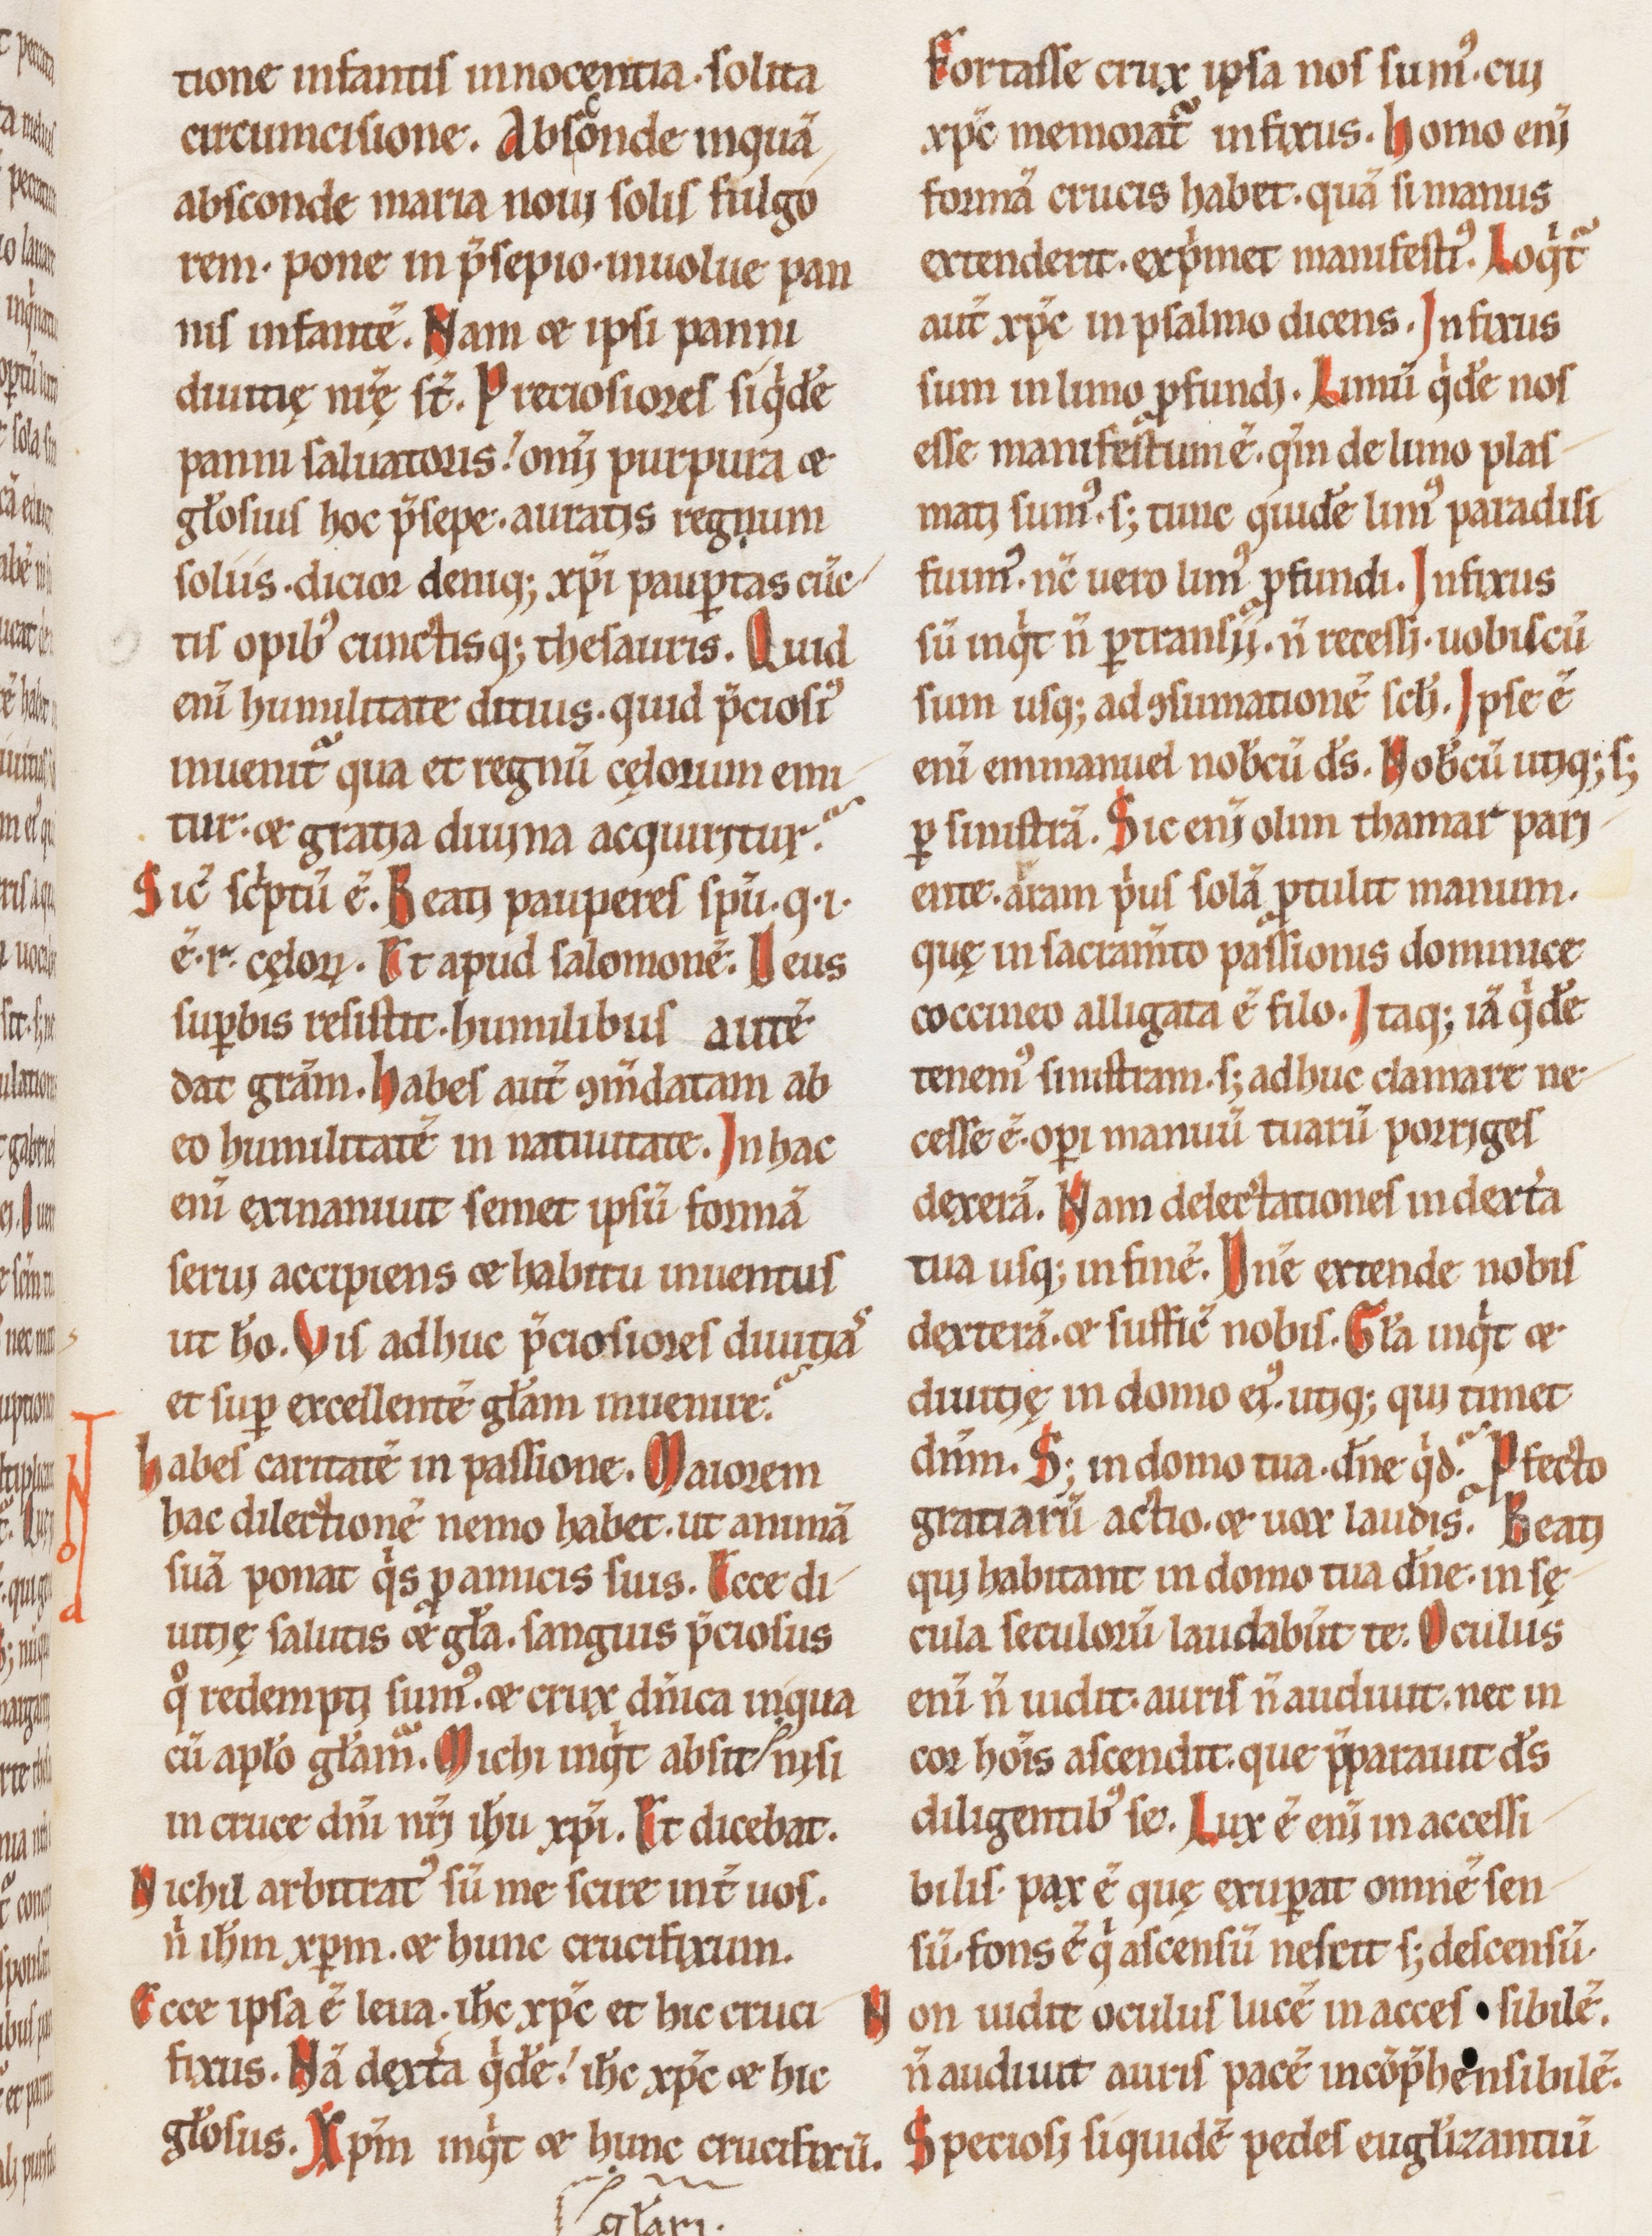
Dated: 1100–1199